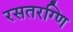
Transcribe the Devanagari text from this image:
रसतरग्णि